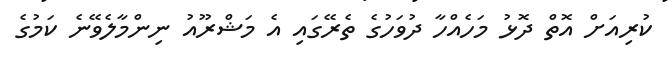
ކުރިއަށް އޮތް ދޮޅު މަހެއްހާ ދުވަަހުގެ ތެރޭގައި އެ މަޝްރޫއު ނިންމާލެވޭނެ ކަމުގެ